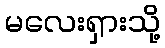
မလေးရှားသို့